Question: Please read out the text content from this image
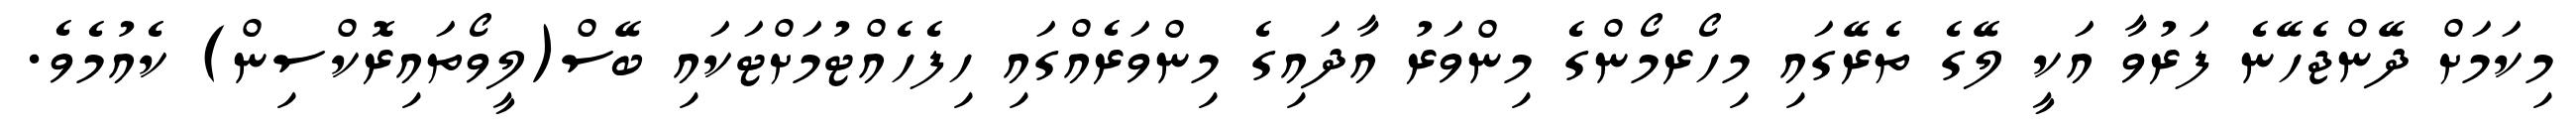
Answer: މިކަމަށް ދޭންޖެހޭނެ ފަރުވާ އަކީ ލޭގެ ތެރޭގައި މިހޯރމޯންގެ މިންވަރު އާދައިގެ މިންވަރެއްގައި ހިފެހެއްޓުމަށްޓަކައި ބޭސް(ލީވޯތައިރޮކްސިން) ކެއުމެވެ.